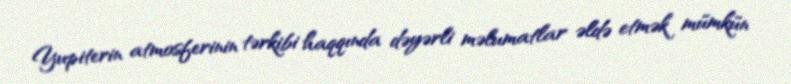
Yupiterin atmosferinin tərkibi haqqında dəyərli məlumatlar əldə etmək mümkün